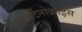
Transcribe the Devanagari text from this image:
ओर्टेनोक्राईस